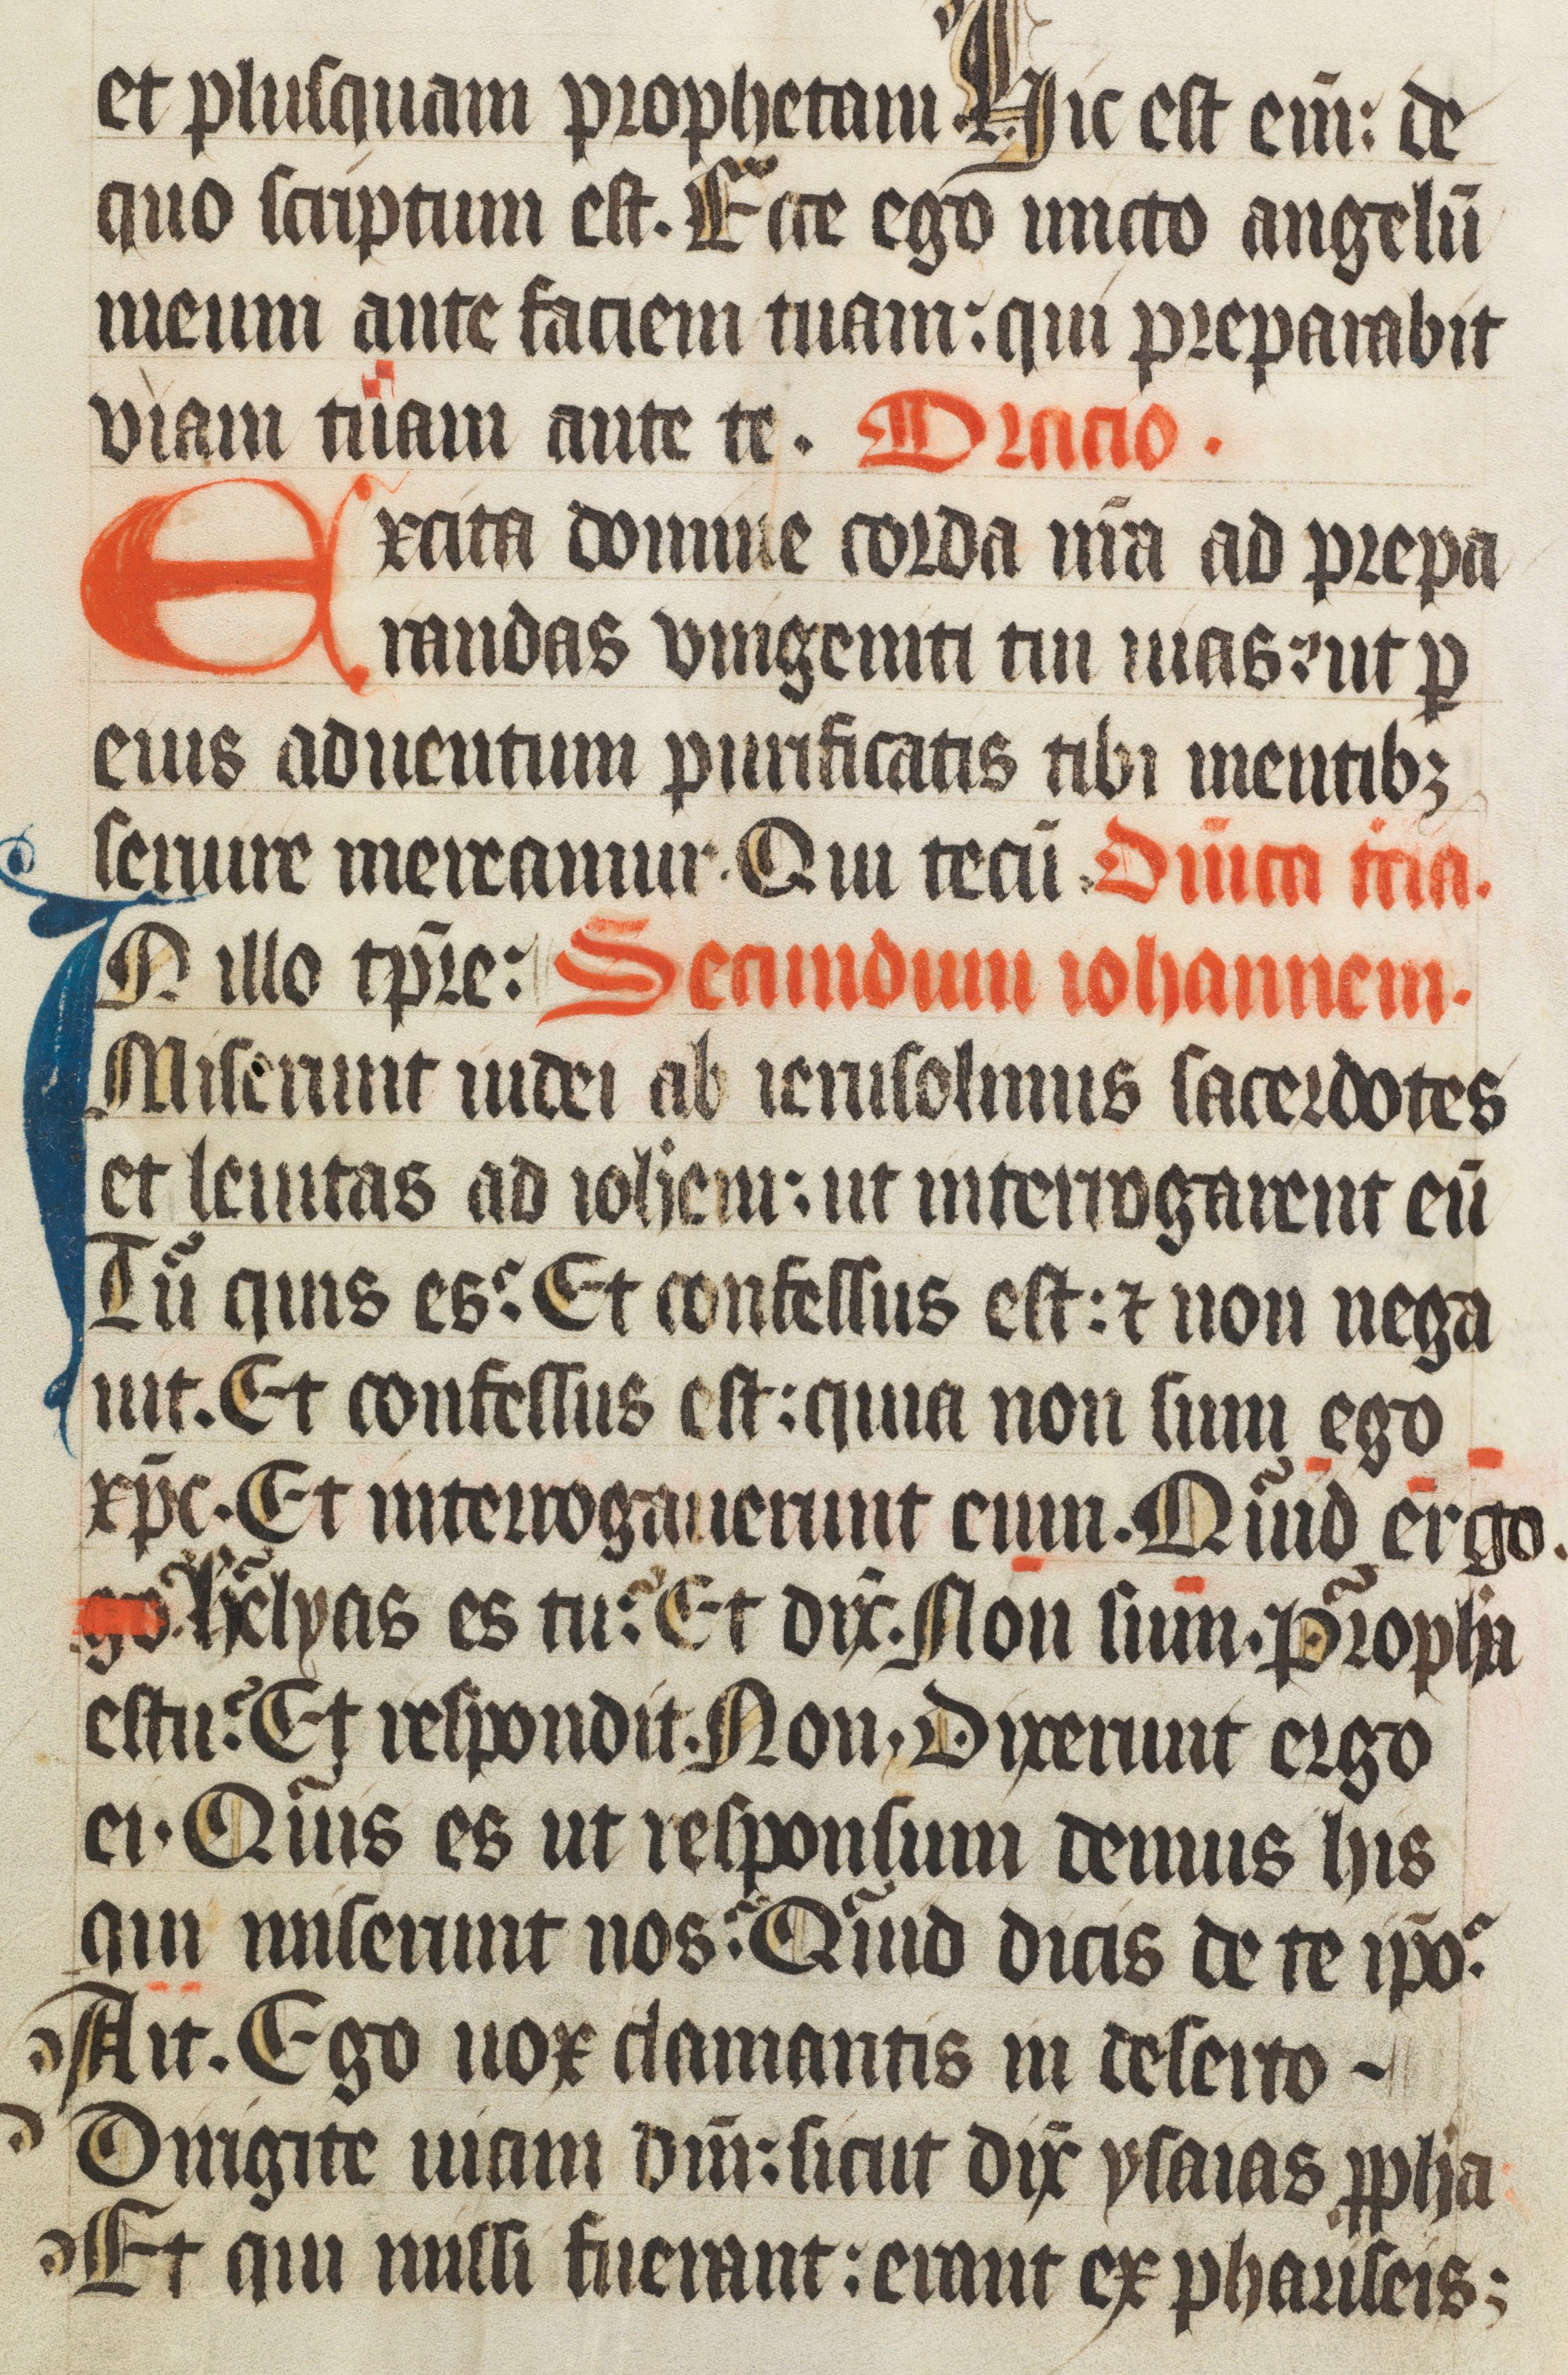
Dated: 1400–1499